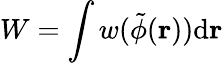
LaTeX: W=\int w(\tilde{\phi}({\mathbf{r}}))\mathrm{d}{\mathbf{r}}